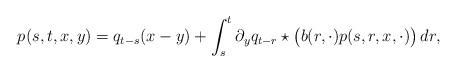
LaTeX: \begin{align*} p(s,t,x,y) = q_{t-s}(x-y) + \int_s^t \partial_y q_{t-r}\star\bigl(b(r,\cdot)p(s,r,x,\cdot)\bigr)\,dr,\end{align*}